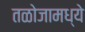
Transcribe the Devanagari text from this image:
तळोजामध्ये